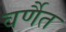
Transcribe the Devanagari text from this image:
वर्णैत